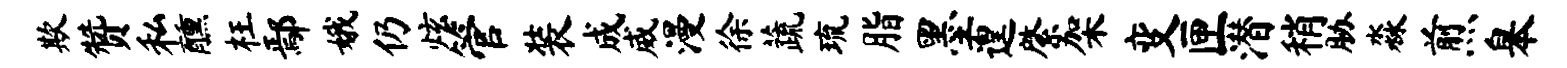
欺赞私醺枉鄢娥仍炫管装成威漫徐蔬琉脂墨遑綮架变匣潜稍胁淼煎皋